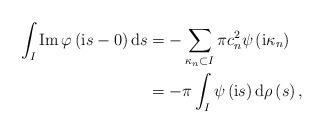
LaTeX: \begin{align*}\int_{I}\operatorname{Im}\varphi\left( \mathrm{i}s-0\right) \mathrm{d}s &=-\sum_{\kappa_{n}\subset I}\pi c_{n}^{2}\psi\left( \mathrm{i}\kappa_{n}\right) \\& =-\pi\int_{I}\psi\left( \mathrm{i}s\right) \mathrm{d}\rho\left(s\right) ,\end{align*}